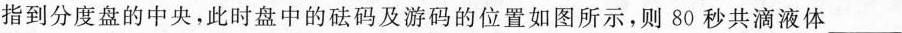
指到分度盘的中央，此时盘中的砝码及游码的位置如图所示，则80秒共滴液体___